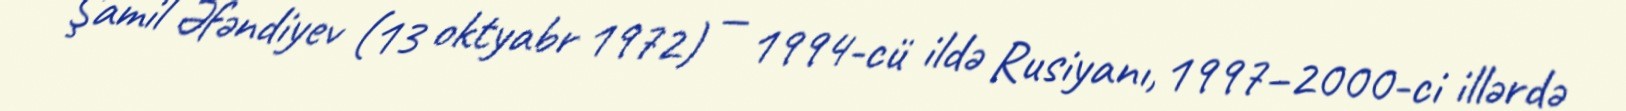
Şamil Əfəndiyev (13 oktyabr 1972) — 1994-cü ildə Rusiyanı, 1997–2000-ci illərdə